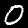
Label: 0